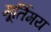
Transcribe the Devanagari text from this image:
मूर्तिमय